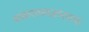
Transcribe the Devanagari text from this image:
शांकरतत्त्वज्ञानाच्या